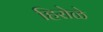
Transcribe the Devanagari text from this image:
हिरोळे